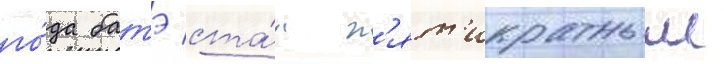
го́да батэ ста́л п'ят'икратным